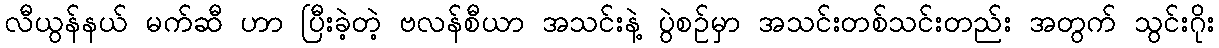
လီယွန်နယ် မက်ဆီ ဟာ ပြီးခဲ့တဲ့ ဗလန်စီယာ အသင်းနဲ့ ပွဲစဉ်မှာ အသင်းတစ်သင်းတည်း အတွက် သွင်းဂိုး